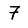
Digit: 7